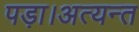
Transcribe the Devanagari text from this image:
पड़ा।अत्यन्त